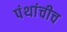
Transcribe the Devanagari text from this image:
पंथांचीच